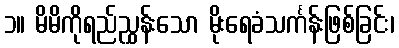
၁။ မိမိကိုရည်ညွှန်းသော မိုးရေခံသင်္ကန်းဖြစ်ခြင်း၊